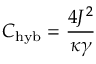
C _ { \mathrm { h y b } } = \frac { 4 J ^ { 2 } } { \kappa \gamma }